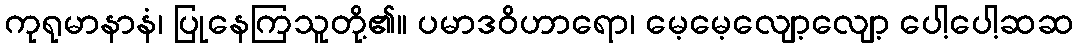
ကုရုမာနာနံ၊ ပြုနေကြသူတို့၏။ ပမာဒဝိဟာရော၊ မေ့မေ့လျော့လျော့ ပေါ့ပေါ့ဆဆ